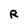
Character: R